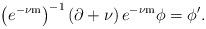
LaTeX: \begin{align*}\left(e^{-\nu\mathrm{m}}\right)^{-1}\left(\partial+\nu\right)e^{-\nu\mathrm{m}}\phi=\phi'.\end{align*}